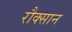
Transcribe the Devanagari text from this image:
रौक्सान